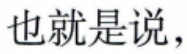
也就是说，